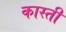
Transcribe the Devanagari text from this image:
कास्ती